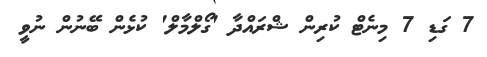
7 ގަޑި 7 މިނެޓް ކުރިން ޝްރައްދާ 'ގޯލްމާލް' ކުޅެން ބޭނުން ނުވީ